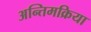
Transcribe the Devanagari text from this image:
अन्तिमक्रिया